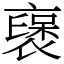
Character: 襃